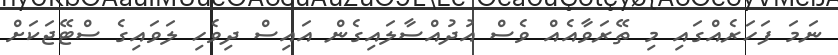
ނަމަ ފަހަރެއްގައި މި ތޭރަވާއެއް ވެސް އުދުއްސާލައިގެން އައިސް ދިވެހި ލަވައިގެ ސްޓޭޖަކަށް